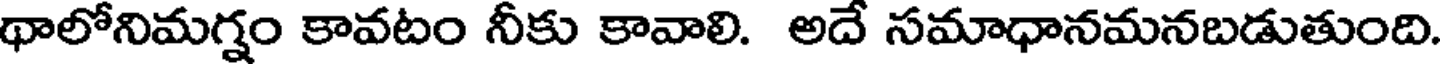
థాలోనిమగ్నం కావటం నీకు కావాలి. అదే సమాధానమనబడుతుంది.